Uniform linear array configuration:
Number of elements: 12
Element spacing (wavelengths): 1
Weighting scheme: blackman
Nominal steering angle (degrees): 45
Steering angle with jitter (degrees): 46.043
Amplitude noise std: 0.05
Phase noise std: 0.05

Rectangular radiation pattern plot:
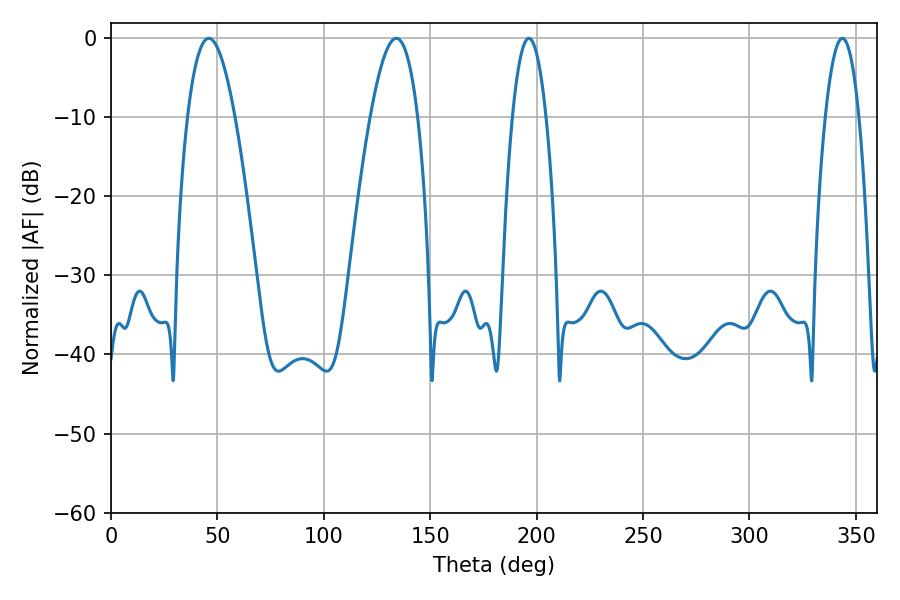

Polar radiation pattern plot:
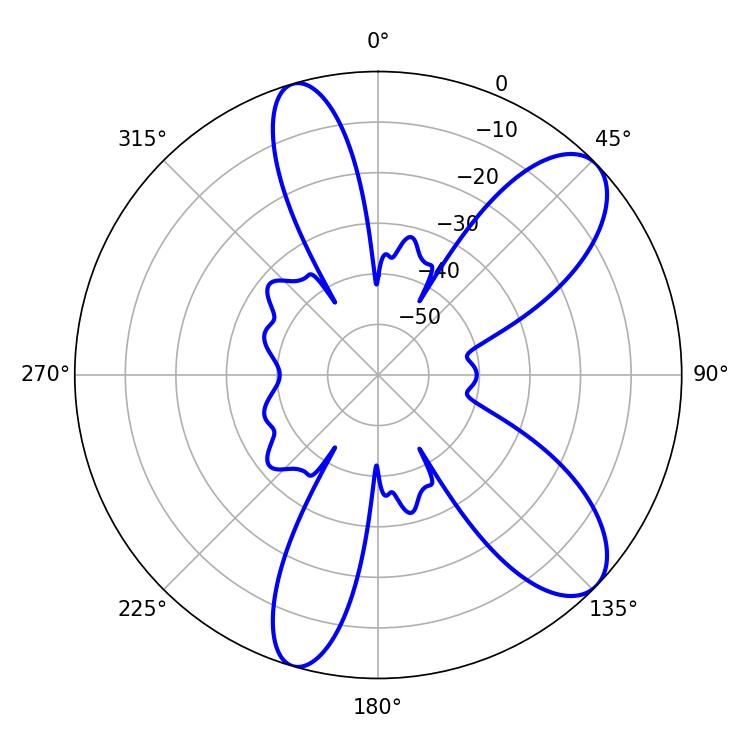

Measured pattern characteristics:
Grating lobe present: TRUE
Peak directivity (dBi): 9.221
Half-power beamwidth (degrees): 12.24
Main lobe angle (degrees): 45.9